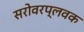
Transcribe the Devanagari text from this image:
सरोवरप्लवक